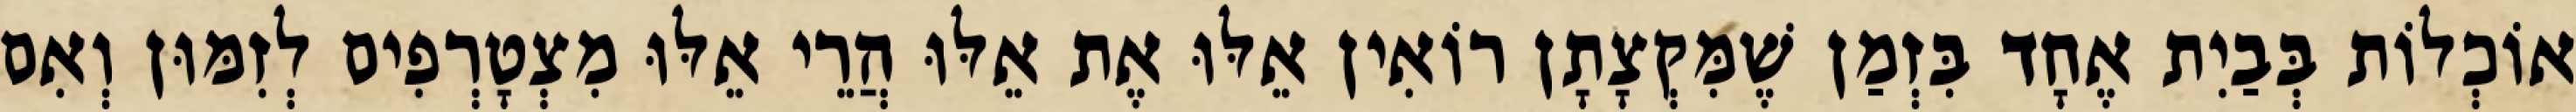
אוֹכְלוֹת בְּבַיִת אֶחָד בִּזְמַן שֶׁמִּקְצָתָן רוֹאִין אֵלּוּ אֶת אֵלּוּ הֲרֵי אֵלּוּ מִצְטָרְפִים לְזִמּוּן וְאִם